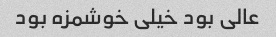
عالی بود خیلی خوشمزه بود